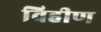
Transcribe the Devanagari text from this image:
विहीण